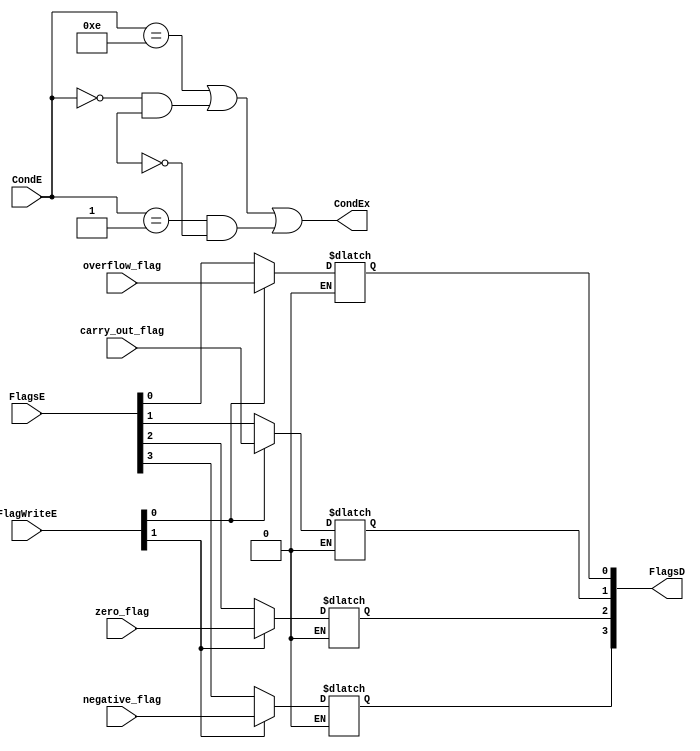
module condition_check #(parameter W=32) 
    (   
		  input [1:0] FlagWriteE,
      input carry_out_flag,
      input overflow_flag,
      input negative_flag,
      input zero_flag,
      input [3:0] FlagsE, // Flags comes from pipeline
      
      input [3:0] CondE, // Instruction's [31:28] bits

      output wire CondEx,
      output [3:0] FlagsD
    );

    wire [1:0] NZ_flags_reg_out;
    wire [1:0] CV_flags_reg_out;

    reg carry_out_flag_out;
    reg overflow_flag_out;
    reg negative_flag_out;
    reg zero_flag_out;

    assign CondEx = ((CondE == 4'b1110) || (CondE == 4'b0000 && NZ_flags_reg_out[0] == 1'b1) || (CondE == 4'b0001 &&  NZ_flags_reg_out[0] == 1'b0));
    assign FlagsD = {negative_flag_out, zero_flag_out, carry_out_flag_out, overflow_flag_out};
    

    always @(*)
      begin
        if (FlagWriteE[1] == 1) // NZ flags
          begin
            negative_flag_out = negative_flag;
            zero_flag_out = zero_flag;
          end
        else if (FlagWriteE[1] == 0) // CV flags
          begin 
            negative_flag_out = FlagsE[3];
            zero_flag_out = FlagsE[2];
          end
        if (FlagWriteE[0] == 1)
          begin
            carry_out_flag_out = carry_out_flag;
            overflow_flag_out = overflow_flag;
          end
        else if (FlagWriteE[0] == 0)
          begin 
            carry_out_flag_out = FlagsE[1];
            overflow_flag_out = FlagsE[0];
          end
      end
endmodule